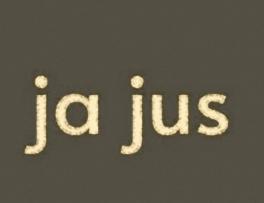
ja jus